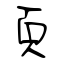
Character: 頁